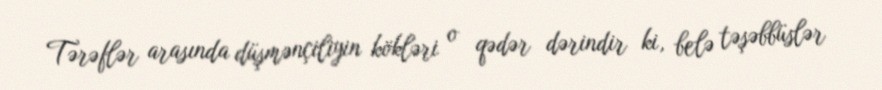
Tərəflər arasında düşmənçiliyin kökləri o qədər dərindir ki, belə təşəbbüslər